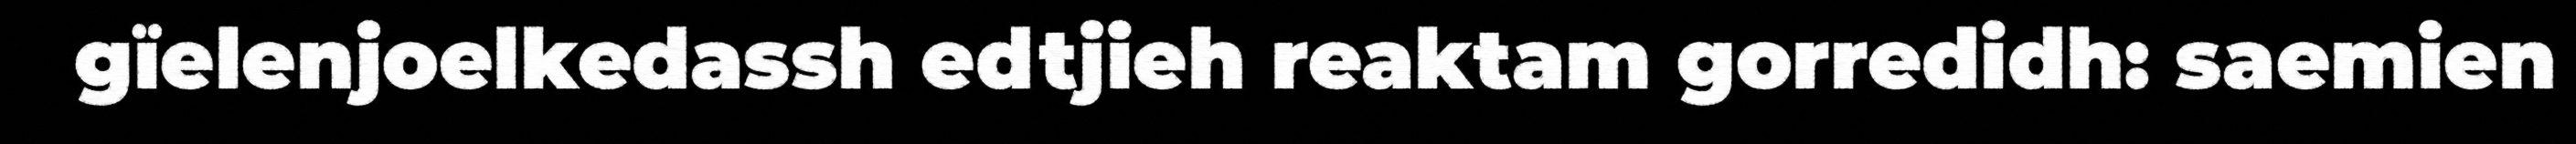
gïelenjoelkedassh edtjieh reaktam gorredidh: saemien